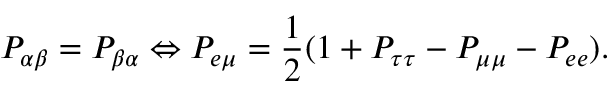
P _ { \alpha \beta } = P _ { \beta \alpha } \Leftrightarrow P _ { e \mu } = \frac { 1 } { 2 } ( 1 + P _ { \tau \tau } - P _ { \mu \mu } - P _ { e e } ) .